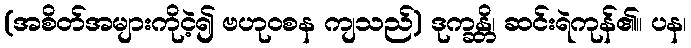
(အစိတ်အများကိုငဲ့၍ ဗဟုဝစန ကျသည်) ဒုက္ခန္တိ၊ ဆင်းရဲကုန်၏။ ပန၊